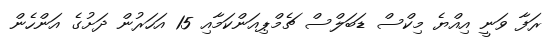
ރަފާ ވަނީ އިއްޔެ މިކްސް ޑަބަލްސް ޗެމްޕިއަންކަމާއި 15 އަހަރުން ދަށުގެ އަންހެން